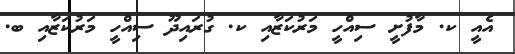
އެއީ ކ. މާފުށީ ސިއްހީ މަރުކަޒާއި ކ. ގުރައިދޫ ސިއްހީ މަރުކަޒާއި ބ.